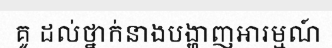
គូ ដល់ថ្នាក់នាងបង្ហាញអារម្មណ៍